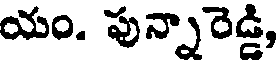
యం. పున్నారెడ్డి,